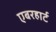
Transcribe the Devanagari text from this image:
एबरहार्ट